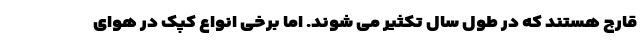
قارچ هستند که در طول سال تکثیر می شوند. اما برخی انواع کپک در هوای